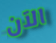
الآن